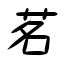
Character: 茗